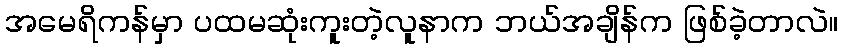
အမေရိကန်မှာ ပထမဆုံးကူးတဲ့လူနာက ဘယ်အချိန်က ဖြစ်ခဲ့တာလဲ။